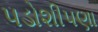
પડોશીપણા